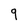
Character: 9